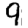
Digit: 9